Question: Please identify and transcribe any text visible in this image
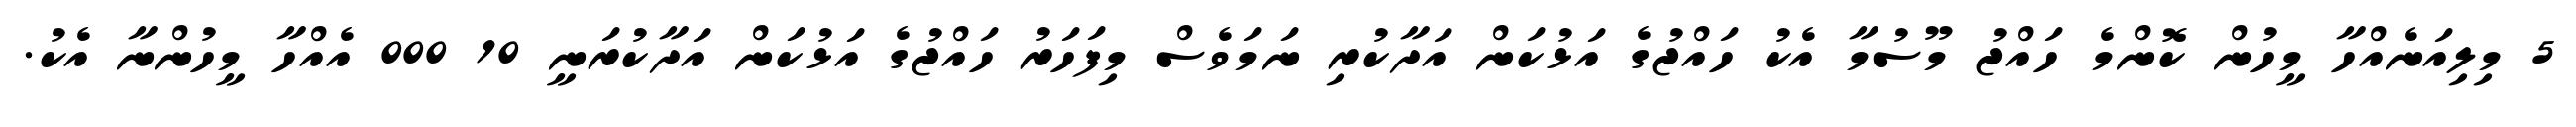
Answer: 5 މިލިއަނެއްހާ މީހުން ކޮންމެ ހައްޖު މޫސުމާ އެކު ހައްޖުގެ އަޅުކަން އަދާކުރި ނަމަވެސް މިފަހަރު ހައްޖުގެ އަޅުކަން އަދާކުރަނީ 10 000 އެއްހާ މީހުންނާ އެކު.